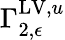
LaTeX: \Gamma_{2,\epsilon}^{\mathrm{LV},u}